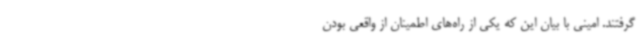
گرفتند. امینی با بیان این که یکی از راه‌های اطمینان از واقعی بودن